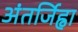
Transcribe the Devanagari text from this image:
अंतर्जिह्वा